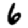
Digit: 6